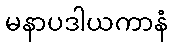
မနာပဒါယကာနံ